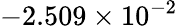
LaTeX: -2.509\times 10^{-2}